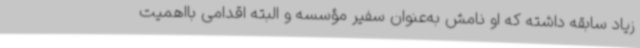
زیاد سابقه داشته که او نامش به‌عنوان سفیر مؤسسه و البته اقدامی بااهمیت